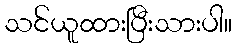
သင်ယူထားပြီးသားပါ။